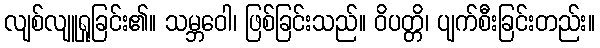
လျစ်လျူရှုခြင်း၏။ သမ္ဘဝေါ၊ ဖြစ်ခြင်းသည်။ ဝိပတ္တိ၊ ပျက်စီးခြင်းတည်း။